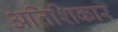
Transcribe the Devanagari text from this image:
अतिशिकार